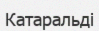
Катаральді